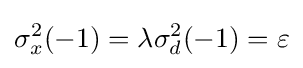
\sigma _{x}^{2}(-1)=\lambda \sigma _{d}^{2}(-1)=\varepsilon \,\!